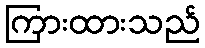
ကြားထားသည်